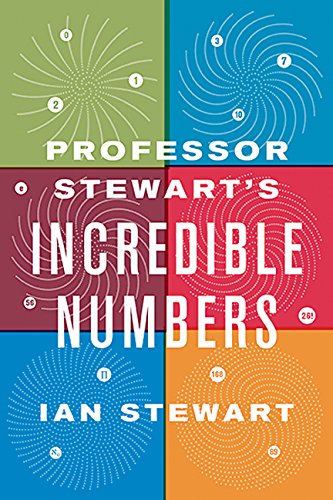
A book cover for Professor Stewart's Incredible Numbers; Ian Stewart; Humor & Entertainment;